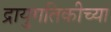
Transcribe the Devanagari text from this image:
द्रायुगतिकीच्या